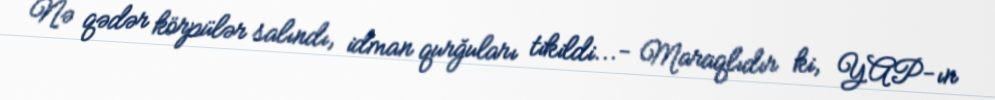
Nə qədər körpülər salındı, idman qurğuları tikildi...- Maraqlıdır ki, YAP-ın